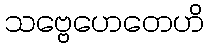
သဗ္ဗေဟေတေဟိ